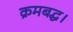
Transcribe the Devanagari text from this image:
क्रमबद्ध।